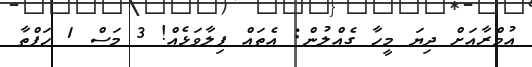
އުމްރާއަށް ދިޔަ މީހާ ގެއްލުން: އެތައް ފިލާވަޅެއް! 3 މަސް 1 ހަފްތާ